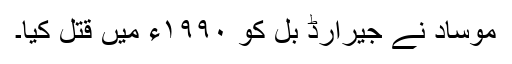
موساد نے جیرارڈ بُل کو ۱۹۹۰ء میں قتل کیا۔